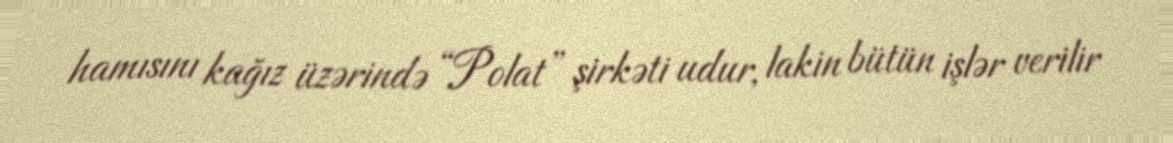
hamısını kağız üzərində “Polat” şirkəti udur, lakin bütün işlər verilir